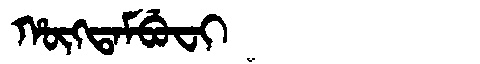
Manchu: ᡥᡡᡴᡨᠠᠮᠪᡠᠸᡳ
Romanization: HŪKTAMBUFI